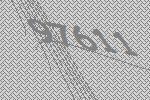
97611